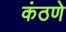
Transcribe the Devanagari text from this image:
कंठणे